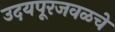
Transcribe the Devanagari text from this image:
उदयपूरजवळचे